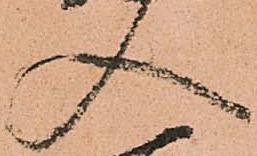
入